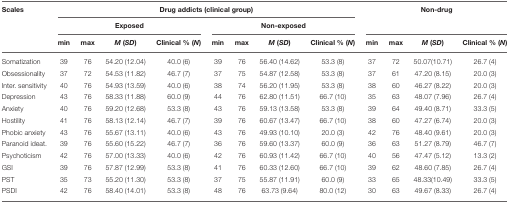
<table><thead><tr><td><b>Scales</b></td><td colspan="8"><b>Drug addicts (clinical group)</b></td><td colspan="4"><b>Non-drug</b></td></tr><tr><td></td><td colspan="4"><b>Exposed</b></td><td colspan="4"><b>Non-exposed</b></td><td colspan="4"></td></tr><tr><td></td><td><b>min</b></td><td><b>max</b></td><td><b><i>M</i> (<i>SD</i>)</b></td><td><b>Clinical % (<i>N</i>)</b></td><td><b>min</b></td><td><b>max</b></td><td><b><i>M</i> (<i>SD</i>)</b></td><td><b>Clinical % (<i>N</i>)</b></td><td><b>min</b></td><td><b>max</b></td><td><b><i>M</i> (<i>SD</i>)</b></td><td><b>Clinical % (<i>N</i>)</b></td></tr></thead><tbody><tr><td>Somatization</td><td>39</td><td>76</td><td>54.20 (12.04)</td><td>40.0 (6)</td><td>39</td><td>76</td><td>56.40 (14.62)</td><td>53.3 (8)</td><td>37</td><td>72</td><td>50.07(10.71)</td><td>26.7 (4)</td></tr><tr><td>Obsessionality</td><td>37</td><td>72</td><td>54.53 (11.82)</td><td>46.7 (7)</td><td>37</td><td>75</td><td>54.87 (12.58)</td><td>53.3 (8)</td><td>37</td><td>61</td><td>47.20 (8.15)</td><td>20.0 (3)</td></tr><tr><td>Inter. sensitivity</td><td>40</td><td>76</td><td>54.93 (13.59)</td><td>40.0 (6)</td><td>38</td><td>74</td><td>56.20 (11.95)</td><td>53.3 (8)</td><td>38</td><td>60</td><td>46.27 (8.22)</td><td>20.0 (3)</td></tr><tr><td>Depression</td><td>43</td><td>76</td><td>58.33 (11.88)</td><td>60.0 (9)</td><td>44</td><td>76</td><td>62.80 (11.51)</td><td>66.7 (10)</td><td>35</td><td>63</td><td>48.07 (7.96)</td><td>26.7 (4)</td></tr><tr><td>Anxiety</td><td>40</td><td>76</td><td>59.20 (12.68)</td><td>53.3 (8)</td><td>43</td><td>76</td><td>59.13 (13.58)</td><td>53.3 (8)</td><td>39</td><td>64</td><td>49.40 (8.71)</td><td>33.3 (5)</td></tr><tr><td>Hostility</td><td>41</td><td>76</td><td>58.13 (12.14)</td><td>46.7 (7)</td><td>39</td><td>76</td><td>60.67 (13.47)</td><td>66.7 (10)</td><td>38</td><td>60</td><td>47.27 (6.74)</td><td>20.0 (3)</td></tr><tr><td>Phobic anxiety</td><td>43</td><td>76</td><td>55.67 (13.11)</td><td>40.0 (6)</td><td>43</td><td>76</td><td>49.93 (10.10)</td><td>20.0 (3)</td><td>42</td><td>76</td><td>48.40 (9.61)</td><td>20.0 (3)</td></tr><tr><td>Paranoid ideat.</td><td>39</td><td>76</td><td>55.60 (15.22)</td><td>46.7 (7)</td><td>36</td><td>76</td><td>59.60 (13.37)</td><td>60.0 (9)</td><td>36</td><td>63</td><td>51.27 (8.79)</td><td>46.7 (7)</td></tr><tr><td>Psychoticism</td><td>42</td><td>76</td><td>57.00 (13.33)</td><td>40.0 (6)</td><td>42</td><td>76</td><td>60.93 (11.42)</td><td>66.7 (10)</td><td>40</td><td>56</td><td>47.47 (5.12)</td><td>13.3 (2)</td></tr><tr><td>GSI</td><td>39</td><td>76</td><td>57.87 (12.99)</td><td>53.3 (8)</td><td>41</td><td>76</td><td>60.33 (12.60)</td><td>66.7 (10)</td><td>39</td><td>62</td><td>48.60 (7.85)</td><td>26.7 (4)</td></tr><tr><td>PST</td><td>35</td><td>73</td><td>55.20 (11.30)</td><td>53.3 (8)</td><td>37</td><td>75</td><td>55.87 (11.91)</td><td>60.0 (9)</td><td>33</td><td>65</td><td>48.33(10.49)</td><td>33.3 (5)</td></tr><tr><td>PSDI</td><td>42</td><td>76</td><td>58.40 (14.01)</td><td>53.3 (8)</td><td>48</td><td>76</td><td>63.73 (9.64)</td><td>80.0 (12)</td><td>30</td><td>63</td><td>49.67 (8.33)</td><td>26.7 (4)</td></tr></tbody></table>